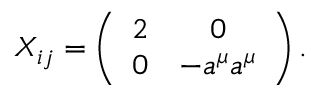
X _ { i j } = \left( \begin{array} { c c } { { 2 } } & { { 0 } } \\ { { 0 } } & { { - a ^ { \mu } a ^ { \mu } } } \end{array} \right) .